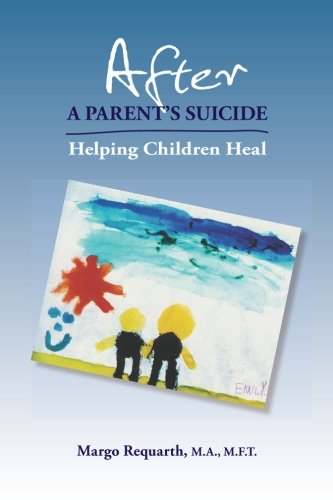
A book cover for After a Parent's Suicide: Helping Children Heal; Margo Requarth; Self-Help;